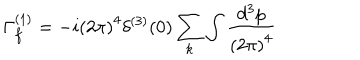
LaTeX: \Gamma _ { f } ^ { ( 1 ) } = - i \left( 2 \pi \right) ^ { 4 } \delta ^ { ( 3 ) } ( 0 ) \sum _ { k } \int \frac { d ^ { 3 } p } { \left( 2 \pi \right) ^ { 4 } }